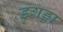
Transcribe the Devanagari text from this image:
डुगड्डा